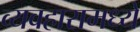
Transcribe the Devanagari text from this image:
व्यवहारामध्ये